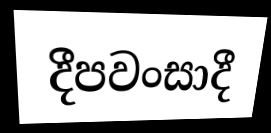
දීපවංසාදී